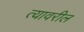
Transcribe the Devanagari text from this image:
त्‍यावरील